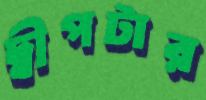
দ্বীপটার